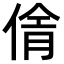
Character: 𪝓